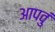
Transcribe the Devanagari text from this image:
आपवुं